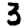
Digit: 3